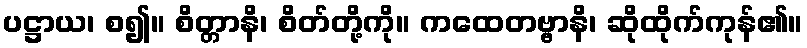
ပဋ္ဌာယ၊ စ၍။ စိတ္တာနိ၊ စိတ်တို့ကို။ ကထေတဗ္ဗာနိ၊ ဆိုထိုက်ကုန်၏။